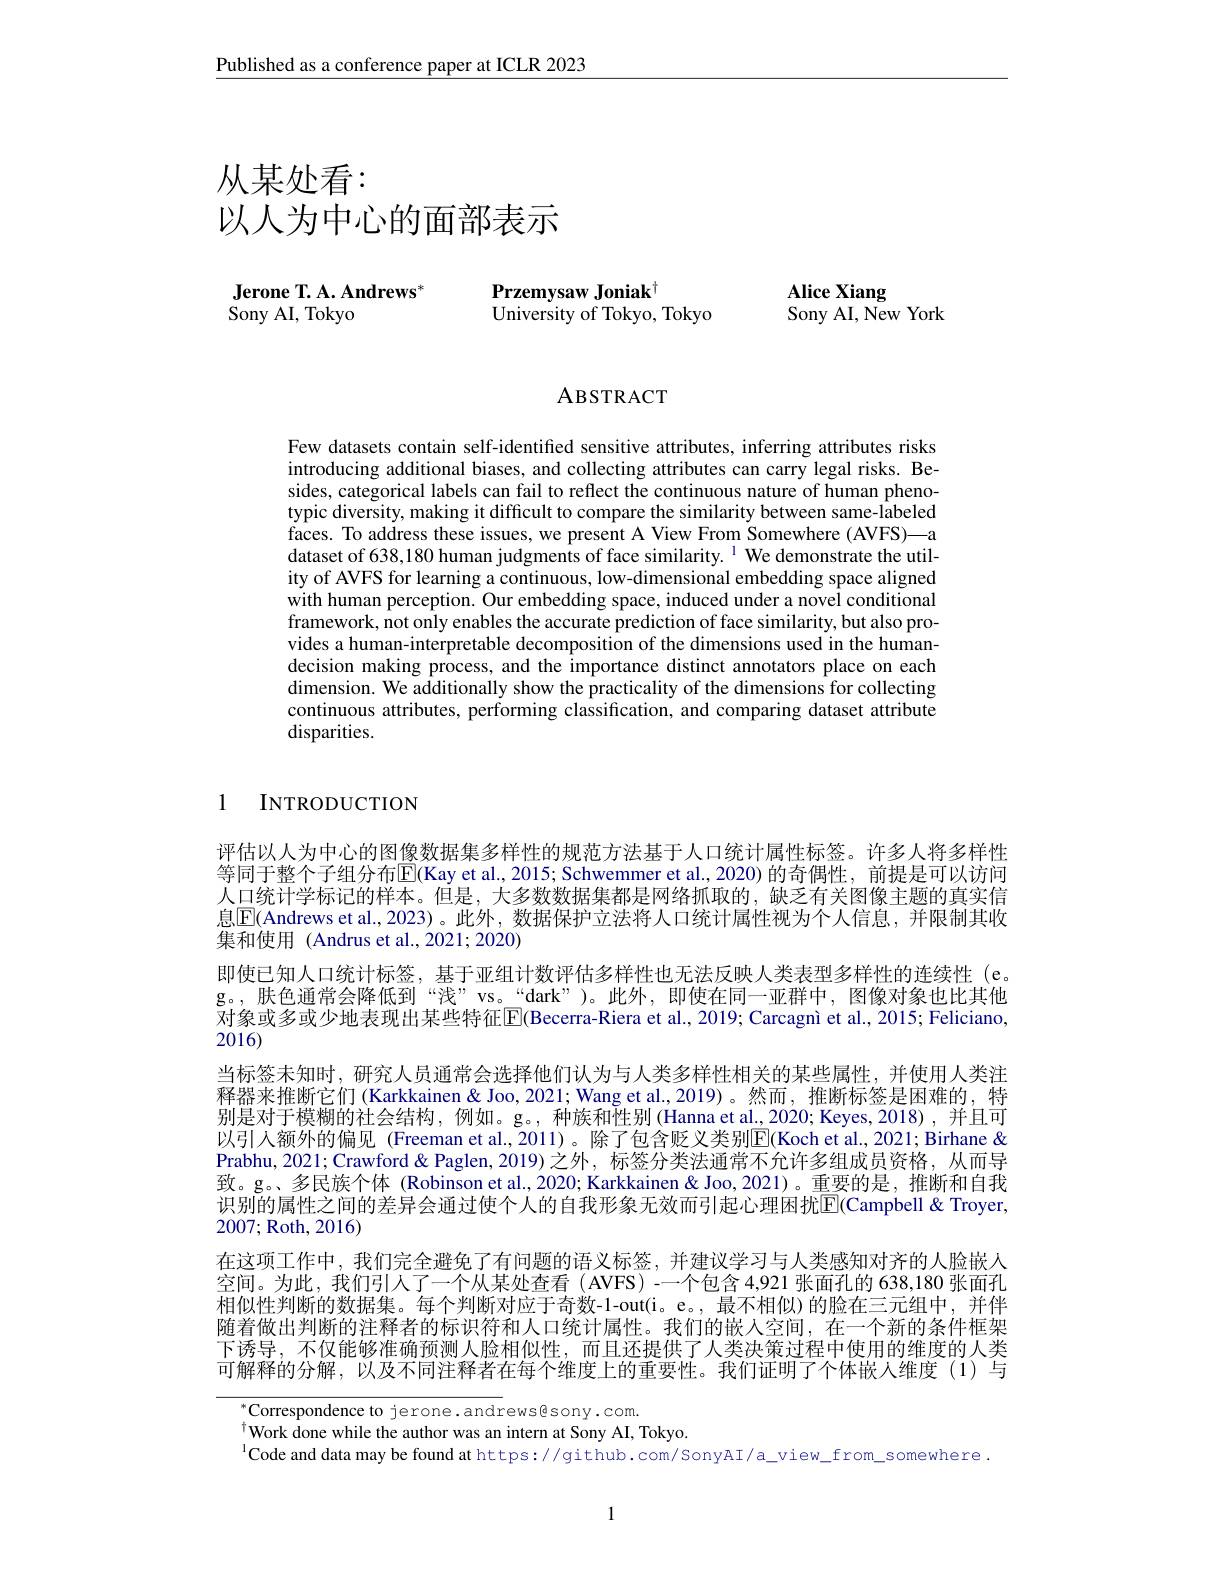
$\underline{\text{Published as a conference paper at ICLR 2023}}$

# 从某处看： 以人为中心的面部表示

$\textbf{Jerone T. A. Andrews}^{*}$
$\bar{\mathrm{Sony~AI,~Tokyo}}$

Przemysaw Joniak$^{\dagger}$
University of Tokyo, Tokyo

Alice Xiang
Sony AI, New York

ABSTRACT

Few datasets contain self-identified sensitive attributes, inferring attributes risks introducing additional biases, and collecting attributes can carry legal risks. Besides, categorical labels can fail to reflect the continuous nature of human phenotypic diversity, making it difficult to compare the similarity between same-labeled faces. To address these issues, we present A View From Somewhere (AVFS)—a dataset of 638,180 human judgments of face similarity. $^{1}$ We demonstrate the utility of AVFS for learning a continuous, low-dimensional embedding space aligned with human perception. Our embedding space, induced under a novel conditional framework, not only enables the accurate prediction of face similarity, but also provides a human-interpretable decomposition of the dimensions used in the humandecision making process, and the importance distinct annotators place on each dimension. We additionally show the practicality of the dimensions for collecting continuous attributes, performing classification, and comparing dataset attribute disparities.

1 INTRODUCTION

评估以人为中心的图像数据集多样性的规范方法基于人口统计属性标签。许多人将多样性等同于整个子组分布$\mathbb{E}($Kay et al.,2015; Schwemmer et al.,2020)的奇偶性，前提是可以访问人口统计学标记的样本。但是，大多数数据集都是网络抓取的，缺乏有关图像主题的真实信息$\boxed{\mathrm{E}}($Andrews et al., 2023)。此外，数据保护立法将人口统计属性视为个人信息，并限制其收集和使用 (Andrus et al., 2021; 2020)
即使已知人口统计标签，基于亚组计数评估多样性也无法反映人类表型多样性的连续性 (e。g。, 肤色通常会降低到“浅”vs。“dark”)。此外，即使在同一亚群中，图像对象也比其他对象或多或少地表现出某些特征$\operatorname{E}$(Becerra-Riera et al., 2019; Carcagnì et al., 2015; Feliciano, 2016)
当标签未知时，研究人员通常会选择他们认为与人类多样性相关的某些属性，并使用人类注释器来推断它们 (Karkkainen& Joo, 2021; Wang et al., 2019) 。然而，推断标签是困难的，特别是对于模糊的社会结构，例如。g。,种族和性别(Hanna et al.,2020; Keyes,2018),并且可以引人额外的偏见 (Freeman et al.,2011)。除了包含贬义类别$\overline{\mathbb{E}}($Koch et al., 2021; Birhane & Prabhu, 2021; Crawford & Paglen, 2019)之外，标签分类法通常不允许多组成员资格，从而导致。g。、多民族个体 (Robinson et al., 2020; Karkkainen & Joo, 2021)。重要的是，推断和自我识别的属性之间的差异会通过使个人的自我形象无效而引起心理困扰$\mathbb{E}($Campbell &Troyer, 2007;Roth, 2016)
在这项工作中，我们完全避免了有问题的语义标签，并建议学习与人类感知对齐的人脸嵌人空间。为此，我们引人了一个从某处查看(AVFS) 一个包含 4,921 张面孔的 638,180 张面孔相似性判断的数据集。每个判断对应于奇数-1-out(i。e。,最不相似)的脸在三元组中，并伴随着做出判断的注释者的标识符和人口统计属性。我们的嵌入空间，在一个新的条件框架下诱导，不仅能够准确预测人脸相似性，而且还提供了人类决策过程中使用的维度的人类可解释的分解，以及不同注释者在每个维度上的重要性。我们证明了个体嵌人维度(1)与

${^*}$Correspondence to jerone.andrews@sony.com.
$^{\dagger}$Work done while the author was an intern at Sony AI, Tokyo.
$^{1}$Code and data may be found at https://github.com/SonyAI/a\_view\_from\_somewhere.

1